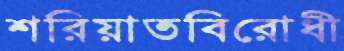
শরিয়াতবিরোধী